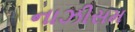
નાઝીસમ